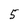
Character: 5